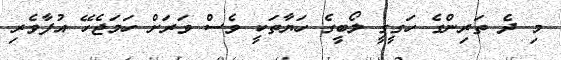
މި ދެ ތަރިންގެ ހަގީގީ ލޯބީގެ ހަޔާތަކީ ވެސް ވަރަށް ހަމަޖެހޭ އުފާވެރި